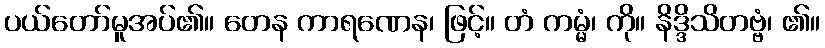
ပယ်တော်မူအပ်၏။ တေန ကာရဏေန၊ ဖြင့်။ တံ ကမ္မံ၊ ကို။ နိဒ္ဒိသိတဗ္ဗံ၊ ၏။